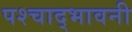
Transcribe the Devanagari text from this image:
पश्चाद्भावनी